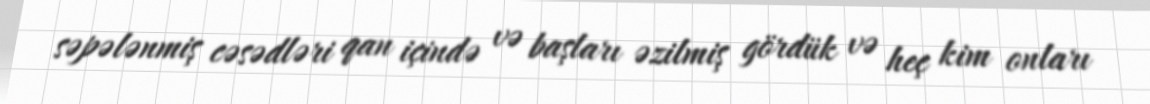
səpələnmiş cəsədləri qan içində və başları əzilmiş gördük və heç kim onları